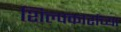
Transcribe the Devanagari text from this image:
शिल्पकारांच्या